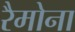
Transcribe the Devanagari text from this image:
रैमोना